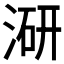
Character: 𭱍